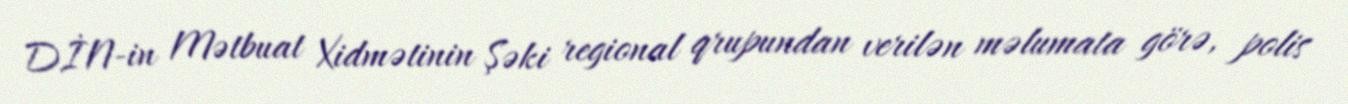
DİN-in Mətbuat Xidmətinin Şəki regional qrupundan verilən məlumata görə, polis